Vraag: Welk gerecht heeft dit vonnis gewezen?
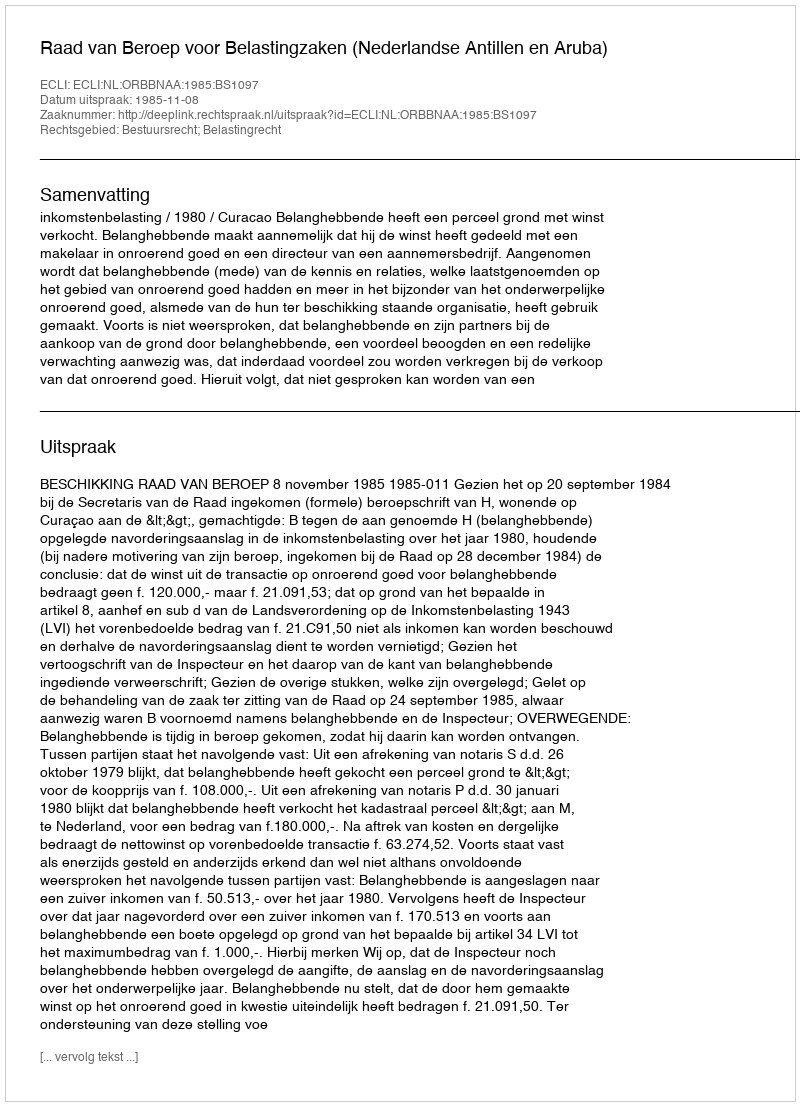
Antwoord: Raad van Beroep voor Belastingzaken (Nederlandse Antillen en Aruba)